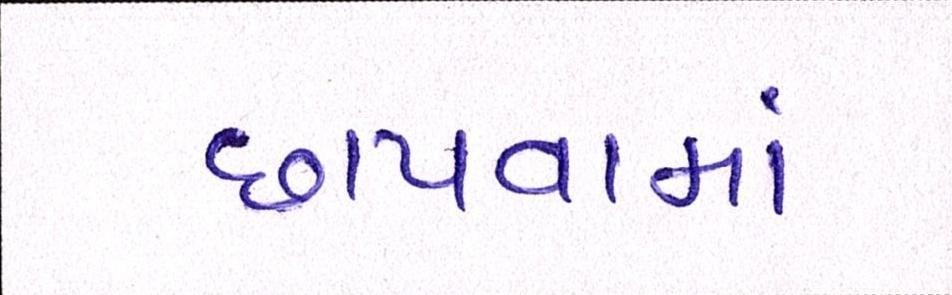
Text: છાપવામાં